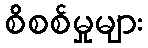
စိစစ်မှုများ